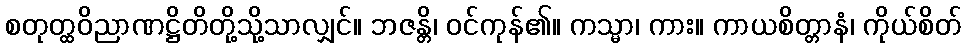
စတုတ္ထဝိညာဏဋ္ဌိတိတို့သို့သာလျှင်။ ဘဇန္တိ၊ ဝင်ကုန်၏။ ကသ္မာ၊ ကား။ ကာယစိတ္တာနံ၊ ကိုယ်စိတ်